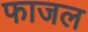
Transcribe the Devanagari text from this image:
फाजल